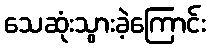
သေဆုံးသွားခဲ့ကြောင်း